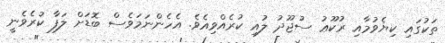
ތަކުގައި ކިޔެވުމާއި ރުކޫޢު ސުޖޫދު ލުއި ކުރެއްވިއެވެ. އެހެންނަމަވެސް ބޮޑަށް ލަފާ ކުރެވެނީ